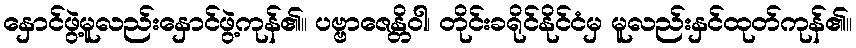
နှောင်ဖွဲ့မူလည်းနှောင်ဖွဲ့ကုန်၏။ ပဗ္ဗာဇေန္တိဝါ၊ တိုင်းခရိုင်နိုင်ငံမှ မူလည်းနှင်ထုတ်ကုန်၏။